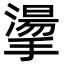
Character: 𢴳